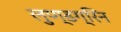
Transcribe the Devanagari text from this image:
लुण्डग्रिन